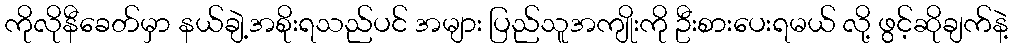
ကိုလိုနီခေတ်မှာ နယ်ချဲ့အစိုးရသည်ပင် အများ ပြည်သူအကျိုးကို ဦးစားပေးရမယ် လို့ ဖွင့်ဆိုချက်နဲ့